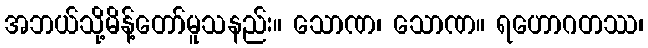
အဘယ်သို့မိန့်တော်မူသနည်း။ သောဏ၊ သောဏ။ ရဟောဂတဿ၊